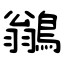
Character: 鶲